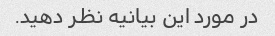
در مورد این بیانیه نظر دهید.